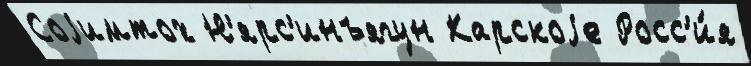
Соjимтох Н'ярс'инъягун Карскоjе Росс'и́я